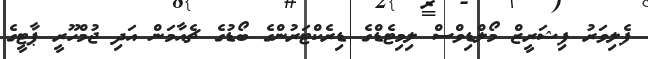
ފެލިވަރު ފިޝަރީޒް މޯލްޑިވްސް ލިމިޓެޑްގެ ޑިރެކްޓަރުންގެ ބޯޑުގެ ޗެއާމަން އަދި ޖުމްހޫރީ ޕާޓީގެ